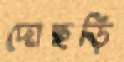
দোছড়ি